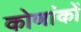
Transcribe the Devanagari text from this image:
कोणांकों